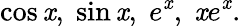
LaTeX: \cos\mathit{x},\; \sin\mathit{x},\; e^{\mathit{x}},\; \mathit{x}e^{\mathit{x}}.